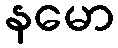
နမော